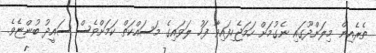
ތެރެއިން މިލަންދޫގައި ނެގުމަށް ހަމަޖެހިފައިވާ ފަހު ލަވައިގެ މަސައްކަތް ކަމަށްވެސް ސައީދު ބުންޏެވެ.